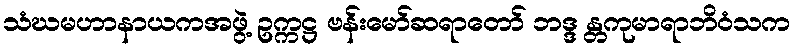
သံဃမဟာနာယကအဖွဲ့ ဥက္ကဋ္ဌ ဗန်းမော်ဆရာတော် ဘဒ္ဒ န္တကုမာရာဘိဝံသက